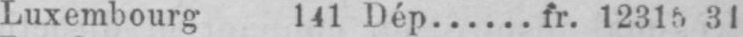
Luxembourg 141 Dép...... fr. 12315 31